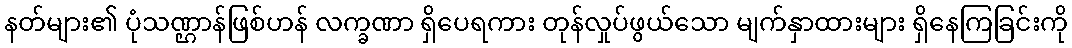
နတ်များ၏ ပုံသဏ္ဌာန်ဖြစ်ဟန် လက္ခဏာ ရှိပေရကား တုန်လှုပ်ဖွယ်သော မျက်နှာထားများ ရှိနေကြခြင်းကို